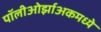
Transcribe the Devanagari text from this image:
पॉलीओर्झाअकमध्ये